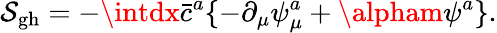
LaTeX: \mathcal{S}_{\mathrm{{gh}}}=-\intdx\bar{{c}}^{a}\{ -\partial_{\mu}\psi_{\mu}^{a}+\alpham\psi^{a}\} .